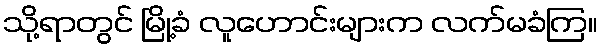
သို့ရာတွင် မြို့ခံ လူဟောင်းများက လက်မခံကြ။